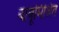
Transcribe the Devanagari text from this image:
बांबूमिश्रित